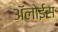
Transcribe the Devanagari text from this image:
ॲलोईस